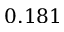
0 . 1 8 1